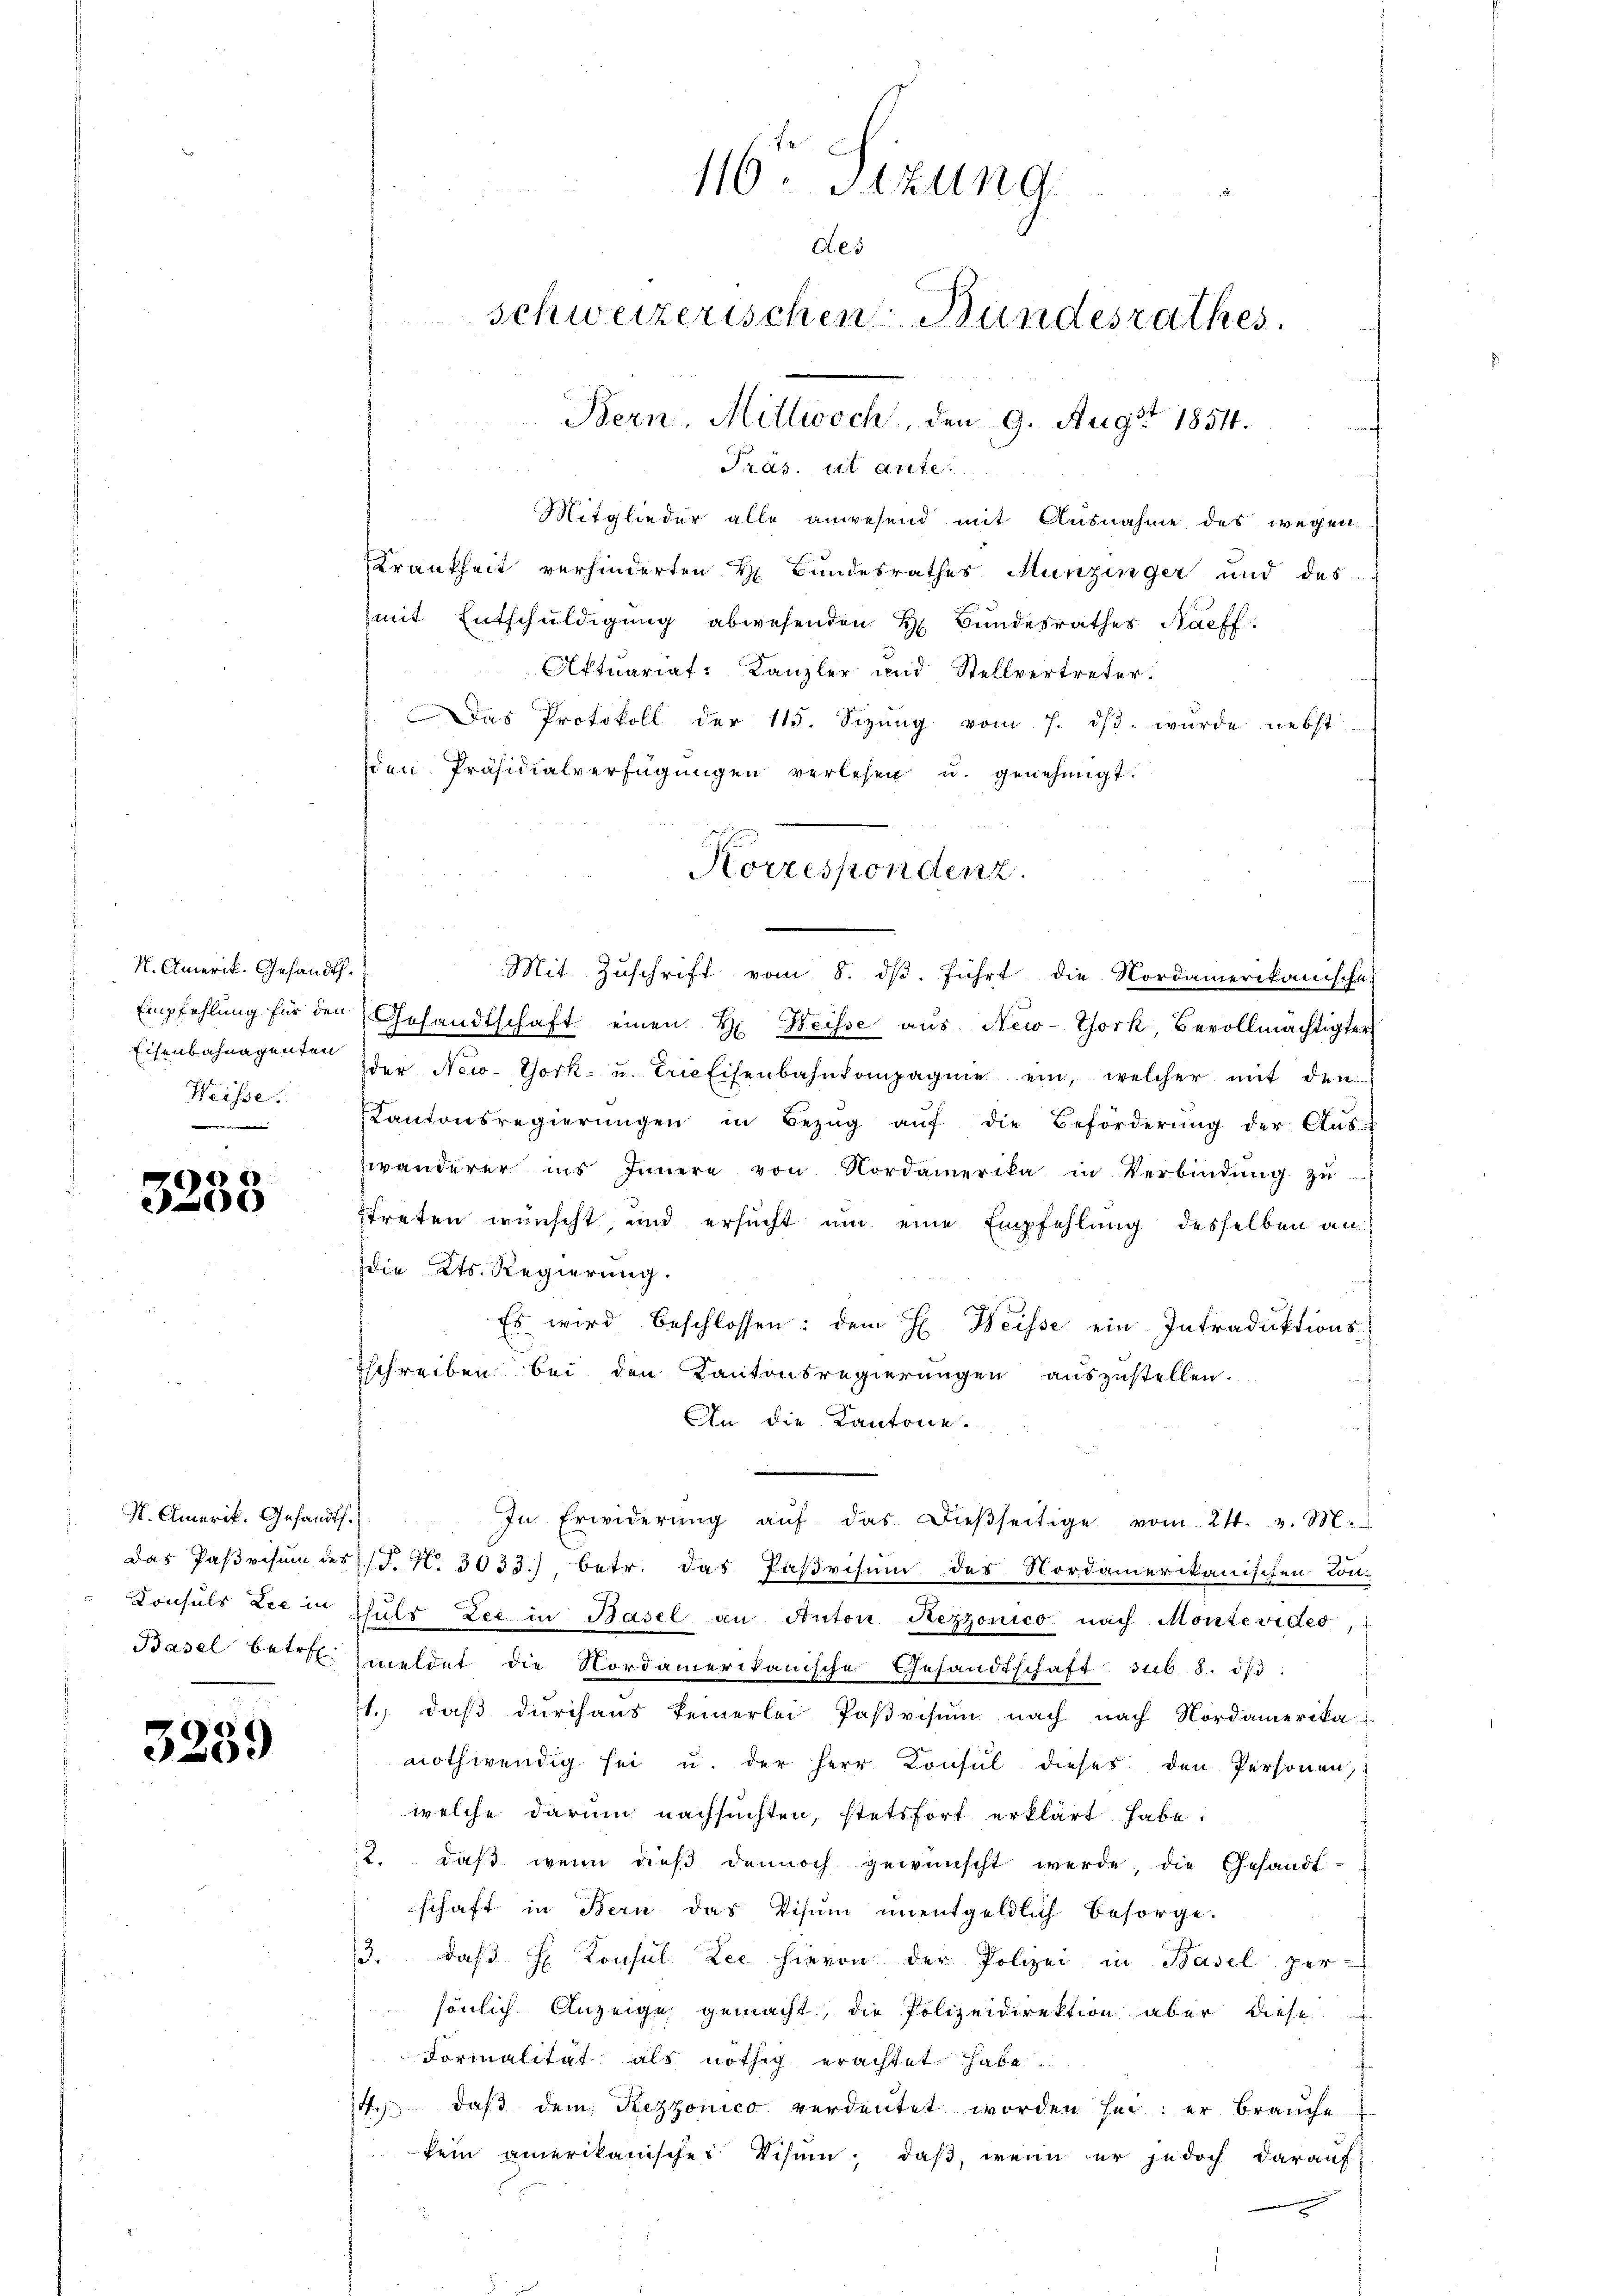
N. Amerik. Gesandt.
Eisenbahnagenten
Weisse.

7600
2

N. Amerik. Gesandts.

3259

Empfehlung für den Gesandtschaft einen H. Weisse aus New-York, Bevollmächtigter
der New-York u. trie Eisenbahnkompagnie ein, welcher mit den
Kantonsregierŭngen in Bezŭg aŭf die Beförderŭng der Aus-
wanderer ins Innere von Nordamerika in Verbindŭng zŭ
streten wünscht, und ersucht um eine Empfehlung desselben an
die Kts. Regierung.
Es wird beschlossen: dem H. Weisse ein Intraduktions-
schreiben bei den Kantonsregierungen auszustellen.
An die Kantone.
In Erwiderŭng aŭf das dieβseitige vom 24. v. M.
Das Pasresum des P. Nr. 3033), betr. das Paßvisum des Nordamerikanischen Con-
Konsuls Lee in Schŭls Lec in Basel an Anton. Rezzonico nach Montevides,
Basel betr. meldet die Nordamerikanische Gesandtschaft sub. 8. dβ:
1.) daß durchaus keinerlei Poβvisum nach nach Nordamerika-
nothwendig sei u. der Herr Konsul dieses den Personen,
welche darum nachsuchten, stetsfort erklärt habe.
12. daß wenn dieß dennoch gewünscht werde, die Gesandtschaft in Bern das Visum unentgeldlich besorge.
3. daβ H. Konsul Zec hievon der Polizei in Basel per-
sönlich Anzeige gemacht, die Polizeidirektion aber diese
Formalität als nöthig erachtet habe.
14. daβ dem Rezzonico verdeutet worden her: er brauche
kein amerikanischer Visum, daß, wenn er jedoch darauf:

Präs. ut ante.
Mitglieder alle anwesend mit Ausnahme des wegen
Krankheit verhinderten H. Bundesrathes Munzinger und das
mit Entschuldigung abwesenden H. Bundesrathes Nachf
Aktuariat-Kanzler und Stellvertreter.
Das Protokoll der 115. Sizŭng vom 7. dβ. wurde nebst
den Präsidialverfügungen verlesen u. genehmigt.
Korrespondenz.

116. Sizung
Ges
schweizerischen Bundesrathes.
Bern, Mittwoch, den 9. Augst 1854.

Mit Zuschrift vom 8. dβ. führt die Nordamerikanische